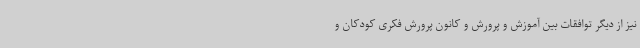
نیز از دیگر توافقات بین آموزش و پرورش و کانون پرورش فکری کودکان و